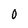
Character: 0